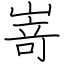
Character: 嵜